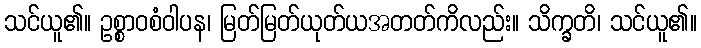
သင်ယူ၏။ ဥစ္စာဝစံဝါပန၊ မြတ်မြတ်ယုတ်ယအတတ်ကိလည်း။ သိက္ခတိ၊ သင်ယူ၏။